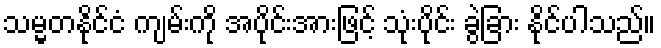
သမ္မတနိုင်ငံ ကျမ်းကို အပိုင်းအားဖြင့် သုံးပိုင်း ခွဲခြား နိုင်ပါသည်။